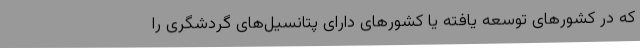
که در کشورهای توسعه یافته یا کشورهای دارای پتانسیل‌های گردشگری را